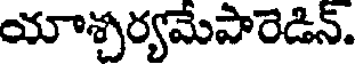
యాశ్చర్యమేపారెడిన్.